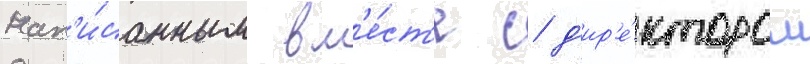
нап'и́санным вм'е́ст'е с д'ир'е́ктором